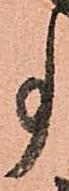
事